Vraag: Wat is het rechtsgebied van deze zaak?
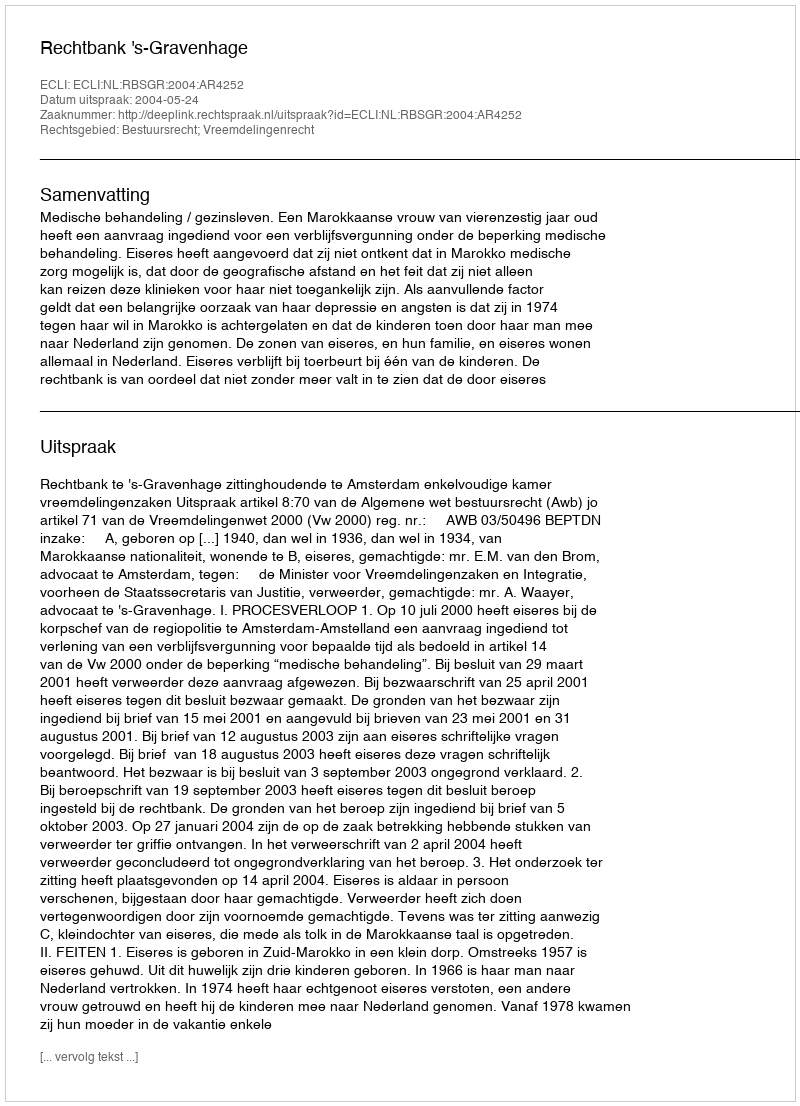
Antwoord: Bestuursrecht; Vreemdelingenrecht